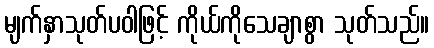
မျက်နှာသုတ်ပဝါဖြင့် ကိုယ်ကိုသေချာစွာ သုတ်သည်။